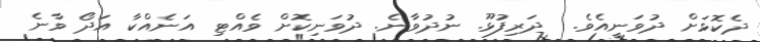
ދެކޮޅަށް ދުވަނީއެވެ.  ދަރިފުޅޫ. ނުދުވާނެ. ދުވަނިކޮށް ވެއްޓި އަނެއްކާ އަދޯ ވާނެ